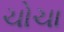
ચોચા